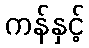
ကန်နှင့်